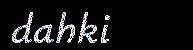
dahki